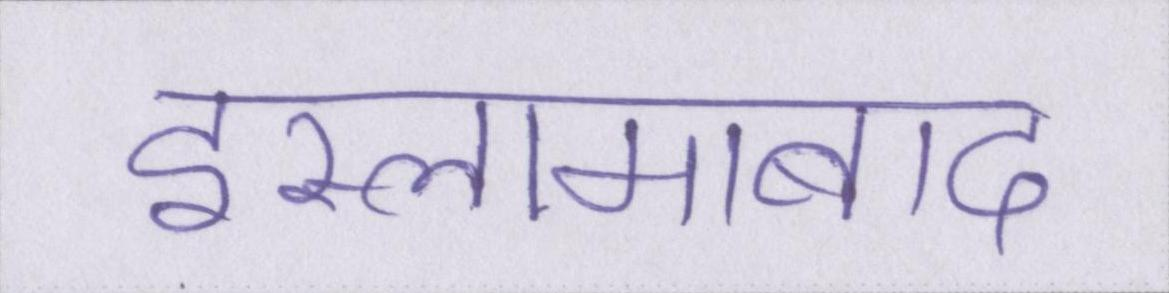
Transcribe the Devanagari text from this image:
इस्लामाबाद